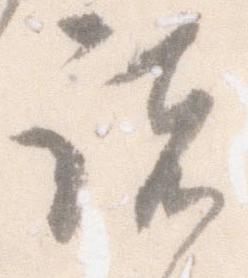
諸